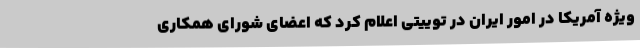
ویژه آمریکا در امور ایران در توییتی اعلام کرد که اعضای شورای همکاری